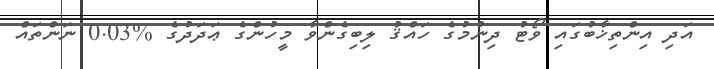
އަދި އިންތިޚާބުގައި ވޯޓު ދިނުމުގެ ހައްޤު ލިބިގެންވާ މީހުންގެ ޢަދަދުގެ %0.03 ނަންތައް